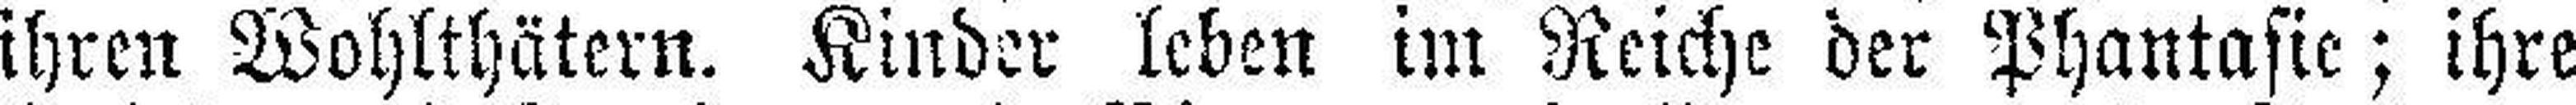
ihren Wohlthätern. Kinder leben im Reiche der Phantasie; ihre